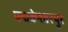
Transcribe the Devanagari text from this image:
पद्मकेश्वरपुर